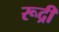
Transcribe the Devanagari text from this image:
रूद्री